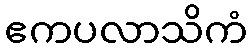
ဧကပလာသိကံ